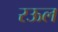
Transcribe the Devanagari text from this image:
रऊल